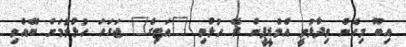
އިބޫ މިހެން ވިދާޅުވީ އެމްޑީޕީން ރޭ ހުޅުވި "އަޓިގެ" ޖަގަހަ ހުޅުވުމަށް ބޭއްވި